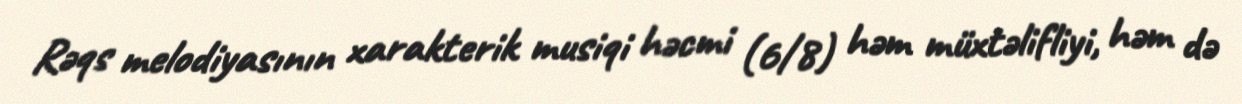
Rəqs melodiyasının xarakterik musiqi həcmi (6/8) həm müxtəlifliyi, həm də